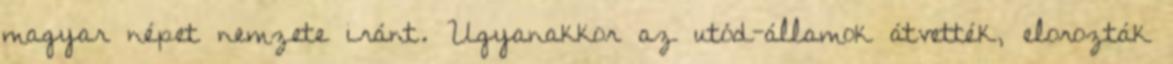
magyar népet nemzete iránt. Ugyanakkor az utód-államok átvették, elorozták